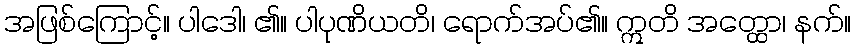
အဖြစ်ကြောင့်။ ပါဒေါ၊ ၏။ ပါပုဏိယတိ၊ ရောက်အပ်၏။ ဣတိ အတ္ထော၊ နက်။